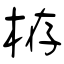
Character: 栫